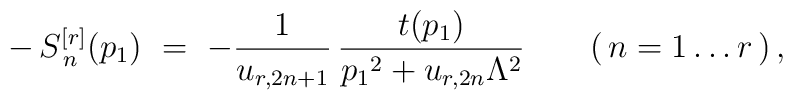
-\,S_{\,n}^{[r]}(p_1) \ =\ - \frac{1}{u_{r,2n+1}} \, \frac{ t(p_1) }{p_1{}^2 + u_{r,2n}\Lambda^2} \qquad (\, n=1 \ldots r \,) \, ,